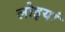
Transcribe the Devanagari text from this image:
लोइयां